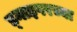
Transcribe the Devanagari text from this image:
ड्नाइपरच्या